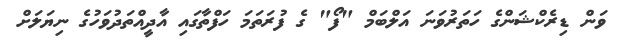
ވަން ޑިރެކްޝަންގެ ހަތަރުވަނަ އަލްބަމް "ފޯ" ގެ ފުރަތަމަ ހަފްތާގައި އާދީއްތަދުވަހުގެ ނިޔަލަށް